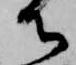
御